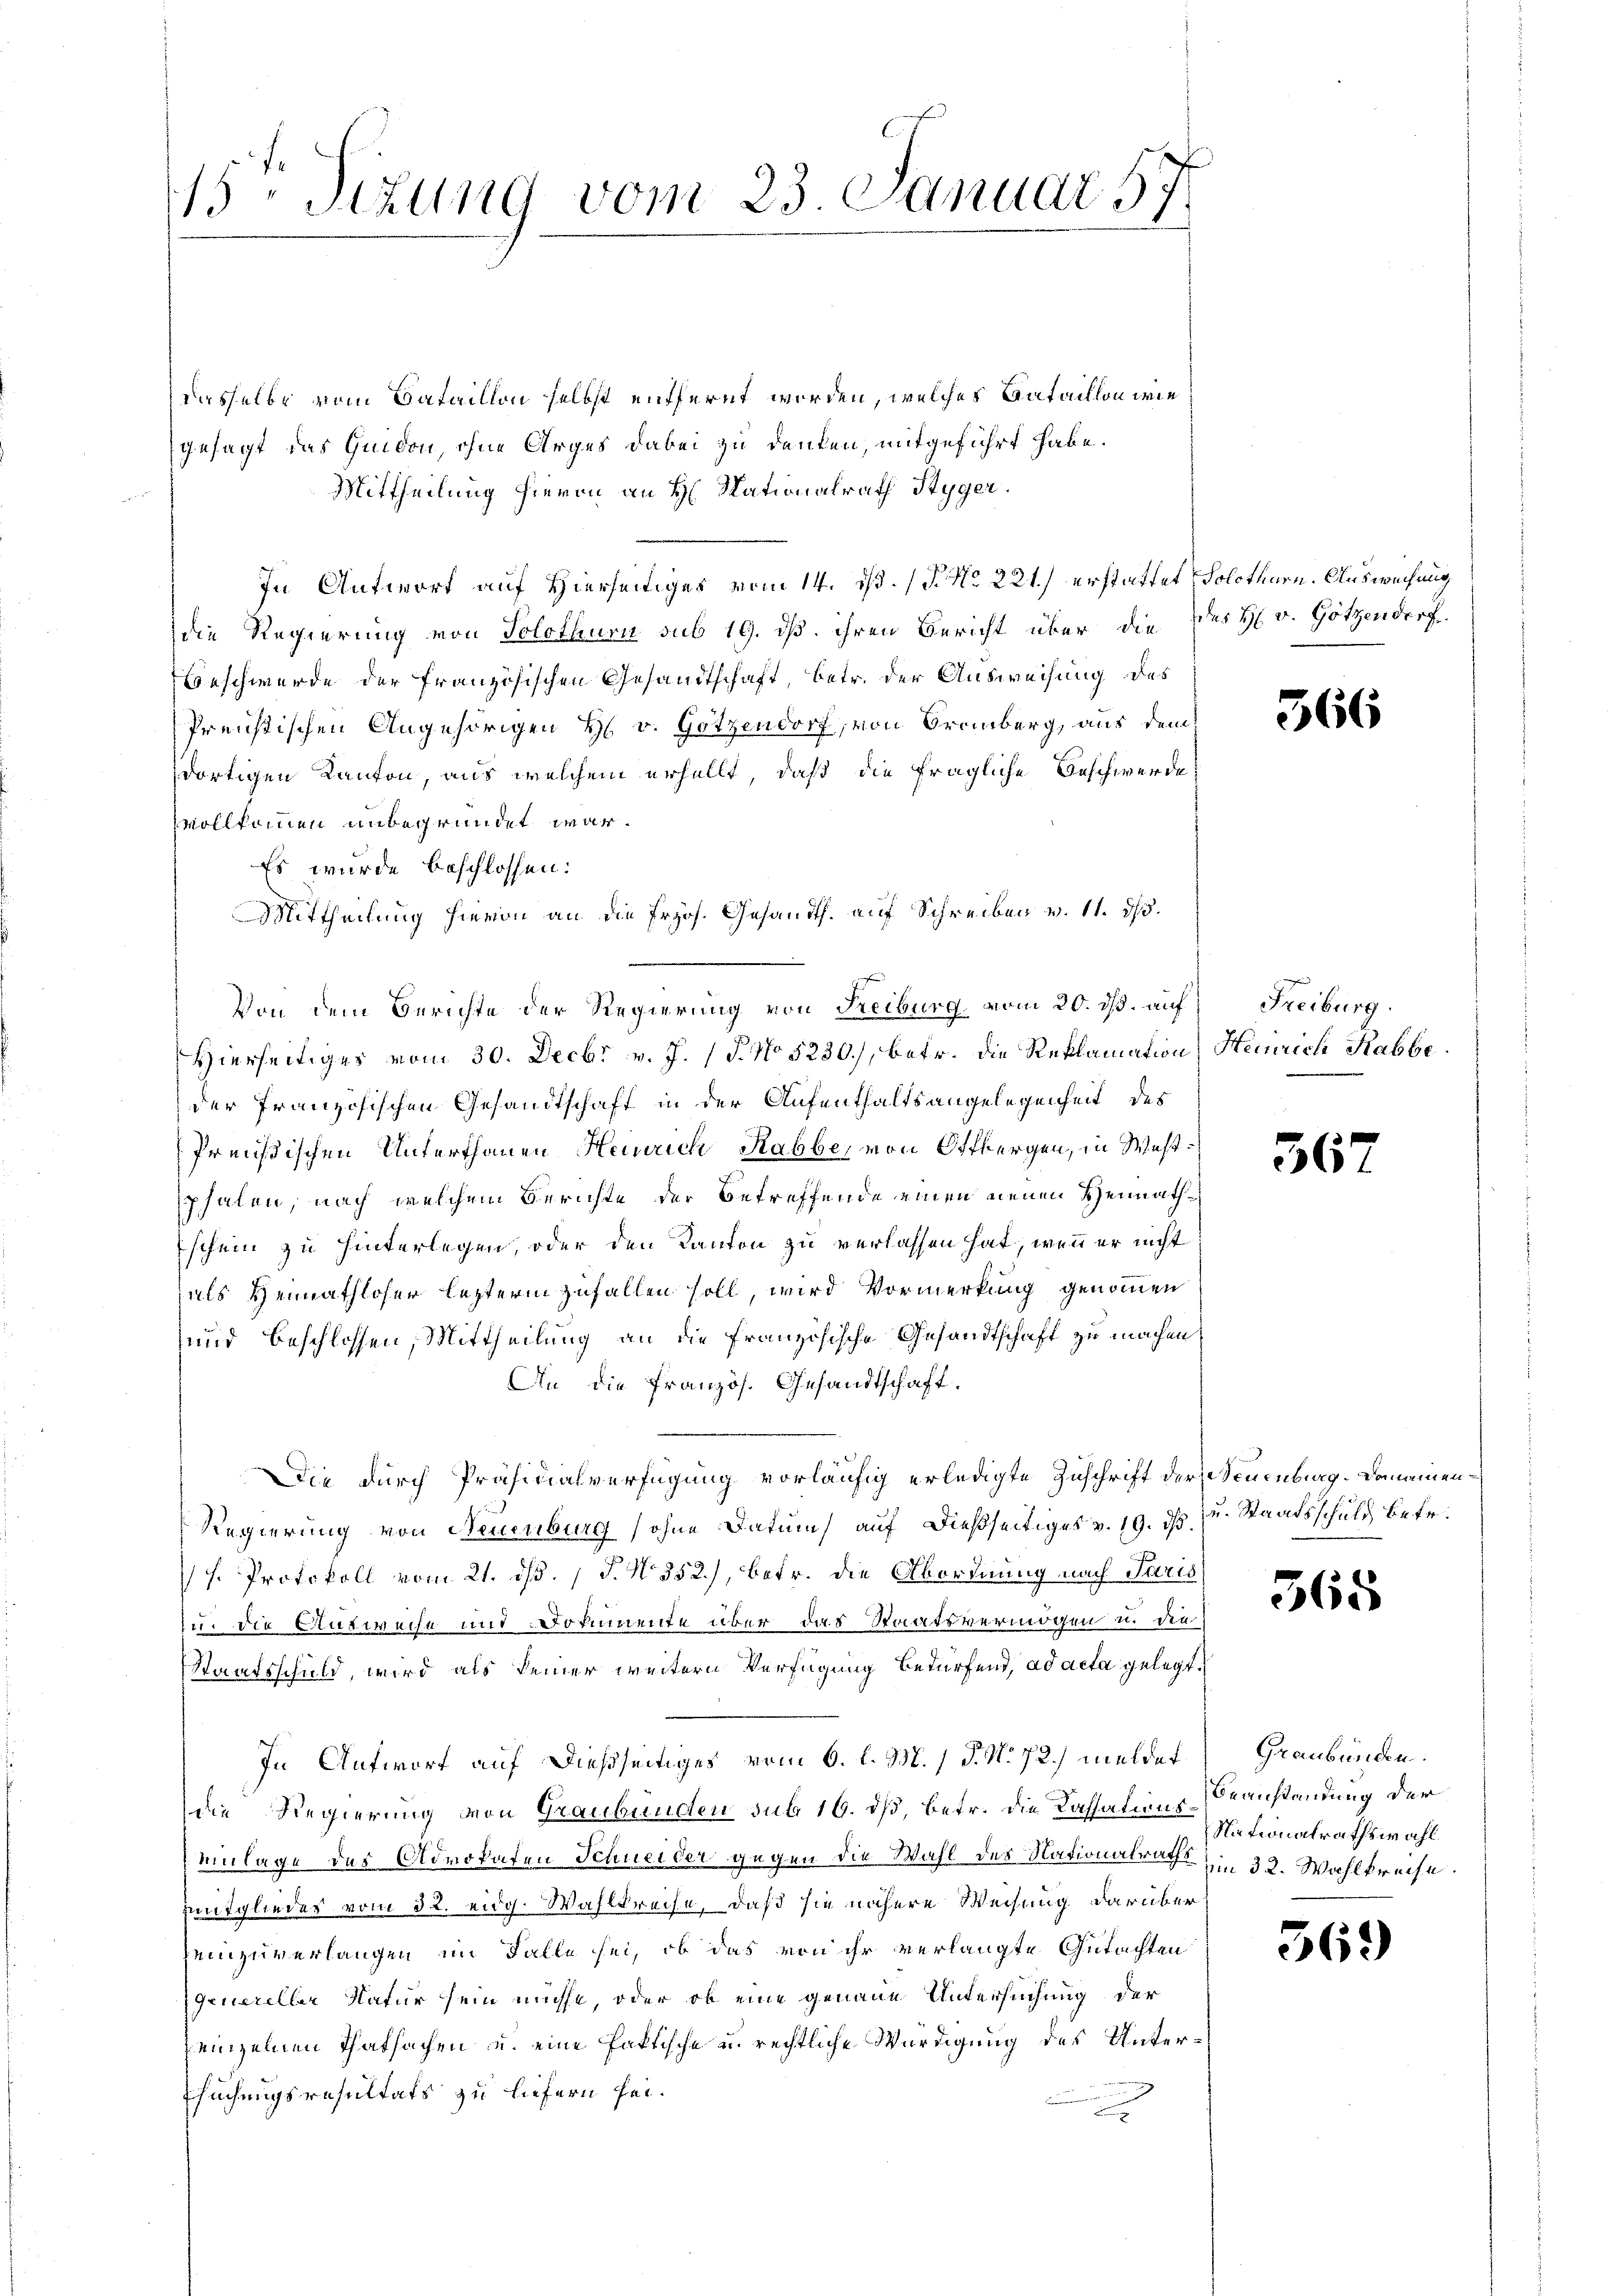
15ten Sizung vom 23. Januar 57

dasselbe vom Bataillon selbst entfernt worden, welches Bataillon wie
gesagt das Quidon, ohne Arges dabei zu denken, mitgeführt habe.
Mittheilung hievon an H. Nationalrath Styger.
In Antwort auf Hierseitiges vom 14. ds. / P. Nr. 221.) erstattet, Solothurn. Auswechung
die Regierung von Solothurn sub 19. dß. ihren Bericht über die des H. v. Götzendorf.
Beschwerde der französischen Gesandtschaft, betr. der Ausweisung des
Preistischen Angehörigen H. v. Gotzendorf, von Bromberg, aus dem
dortigen Kanton, aus welchem erhellt, daß die fragliche Beschwerde
vollkommen unbegründet war.
Es wurde beschlossen:
Von dem Berichte der Regierung von Freiburg vom 20. ds. auf Freiburg
Hierseitiges vom 30. Decbr v. J. (T. No 5230), betr. die Reklamation Heinrich Rabbeder Französischen Gesandtschaft in der Aufenthaltsangelegenheit des
Preußischen Unterthanen Heinrich Rabbe, von Offbergen, in Westphalen, nach welchem Berichte der betreffende einen neuen Heimathschein zu hinterlegen, oder den Kanton zu verlassen hat, wenn er nicht
als Heimathloser letzterm zufallen soll, wird Vormerkung genommen
und beschlossen, Mittheilung an die Französische Gesandtschaft zu machen,
An die französ. Gesandtschaft.
Die durch Präsidialverfügung vorläufig erledigte Zuschrift der Neuenburg. Dameinen¬
Regierung von Neuenburg (ohne Datum auf dießseitiges v. 19. ds. zu. Staatsschuld, betr.
h. Protokoll vom 21. ds. 1 P. N. 352), betr. die Abordnung nach Paris
u. die Ausweise und Dokumente über das Staatsvermögen u. die
Staatsschuld, wird als keiner weitern Verfügung Bedürfend, ad acta gelegt.
In Antwort auf dießseitiges vom 6. l. M. / P. No 72.) meldet
die Regierung von Graubünden sub 16. ds, betr. die Kassations-Beanstandung der
Einlage des Advokaten Schneider gegen die Wahl des Nationalraths in 32. Wahlkreise.
mmitgliedes vom 32. eidg. Wahlkreise, daß sie nähere Weisung darüber
heinzuverlangen im Falle sei, ob das von ihr verlangte Gutachten
Genereller Natur sein müsse, oder ob eine genaue Untersuchung der
einzelnen Thatsachen u. eine faktische u. rechtliche Würdigung des Untersuchungsresultats zu liefern sei.

Mittheilung hievon an die Frös. Gesandth. auf Schreiben v. 11. 315.

566

367

568

Graubünden.
Nationalrathswahl

563)